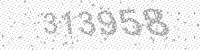
Solution: 313958